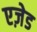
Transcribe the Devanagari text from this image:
एज़ेड